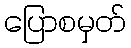
ပြောစမှတ်